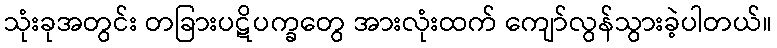
သုံးခုအတွင်း တခြားပဋိပက္ခတွေ အားလုံးထက် ကျော်လွန်သွားခဲ့ပါတယ်။